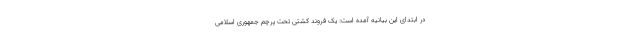
در ابتدای این بیانیه آمده است: یک فروند کشتی تحت پرچم جمهوری اسلامی